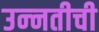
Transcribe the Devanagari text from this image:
उन्‍नतीची